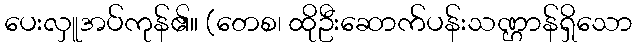
ပေးလှူအပ်ကုန်၏။ (တေစ၊ ထိုဦးဆောက်ပန်းသဏ္ဌာန်ရှိသော